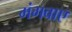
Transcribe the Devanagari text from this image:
मंगवाए